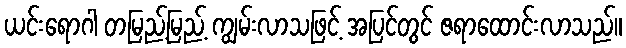
ယင်းရောဂါ တမြည့်မြည့် ကျွမ်းလာသဖြင့် အပြင်တွင် ဇရာထောင်းလာသည်။